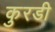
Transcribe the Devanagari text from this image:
कुरडी